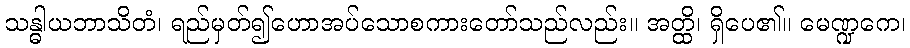
သန္ဓါယဘာသိတံ၊ ရည်မှတ်၍ဟောအပ်သောစကားတော်သည်လည်း။ အတ္ထိ၊ ရှိပေ၏။ မေဏ္ဍကေ၊